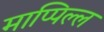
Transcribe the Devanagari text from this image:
माप्पिल्ल